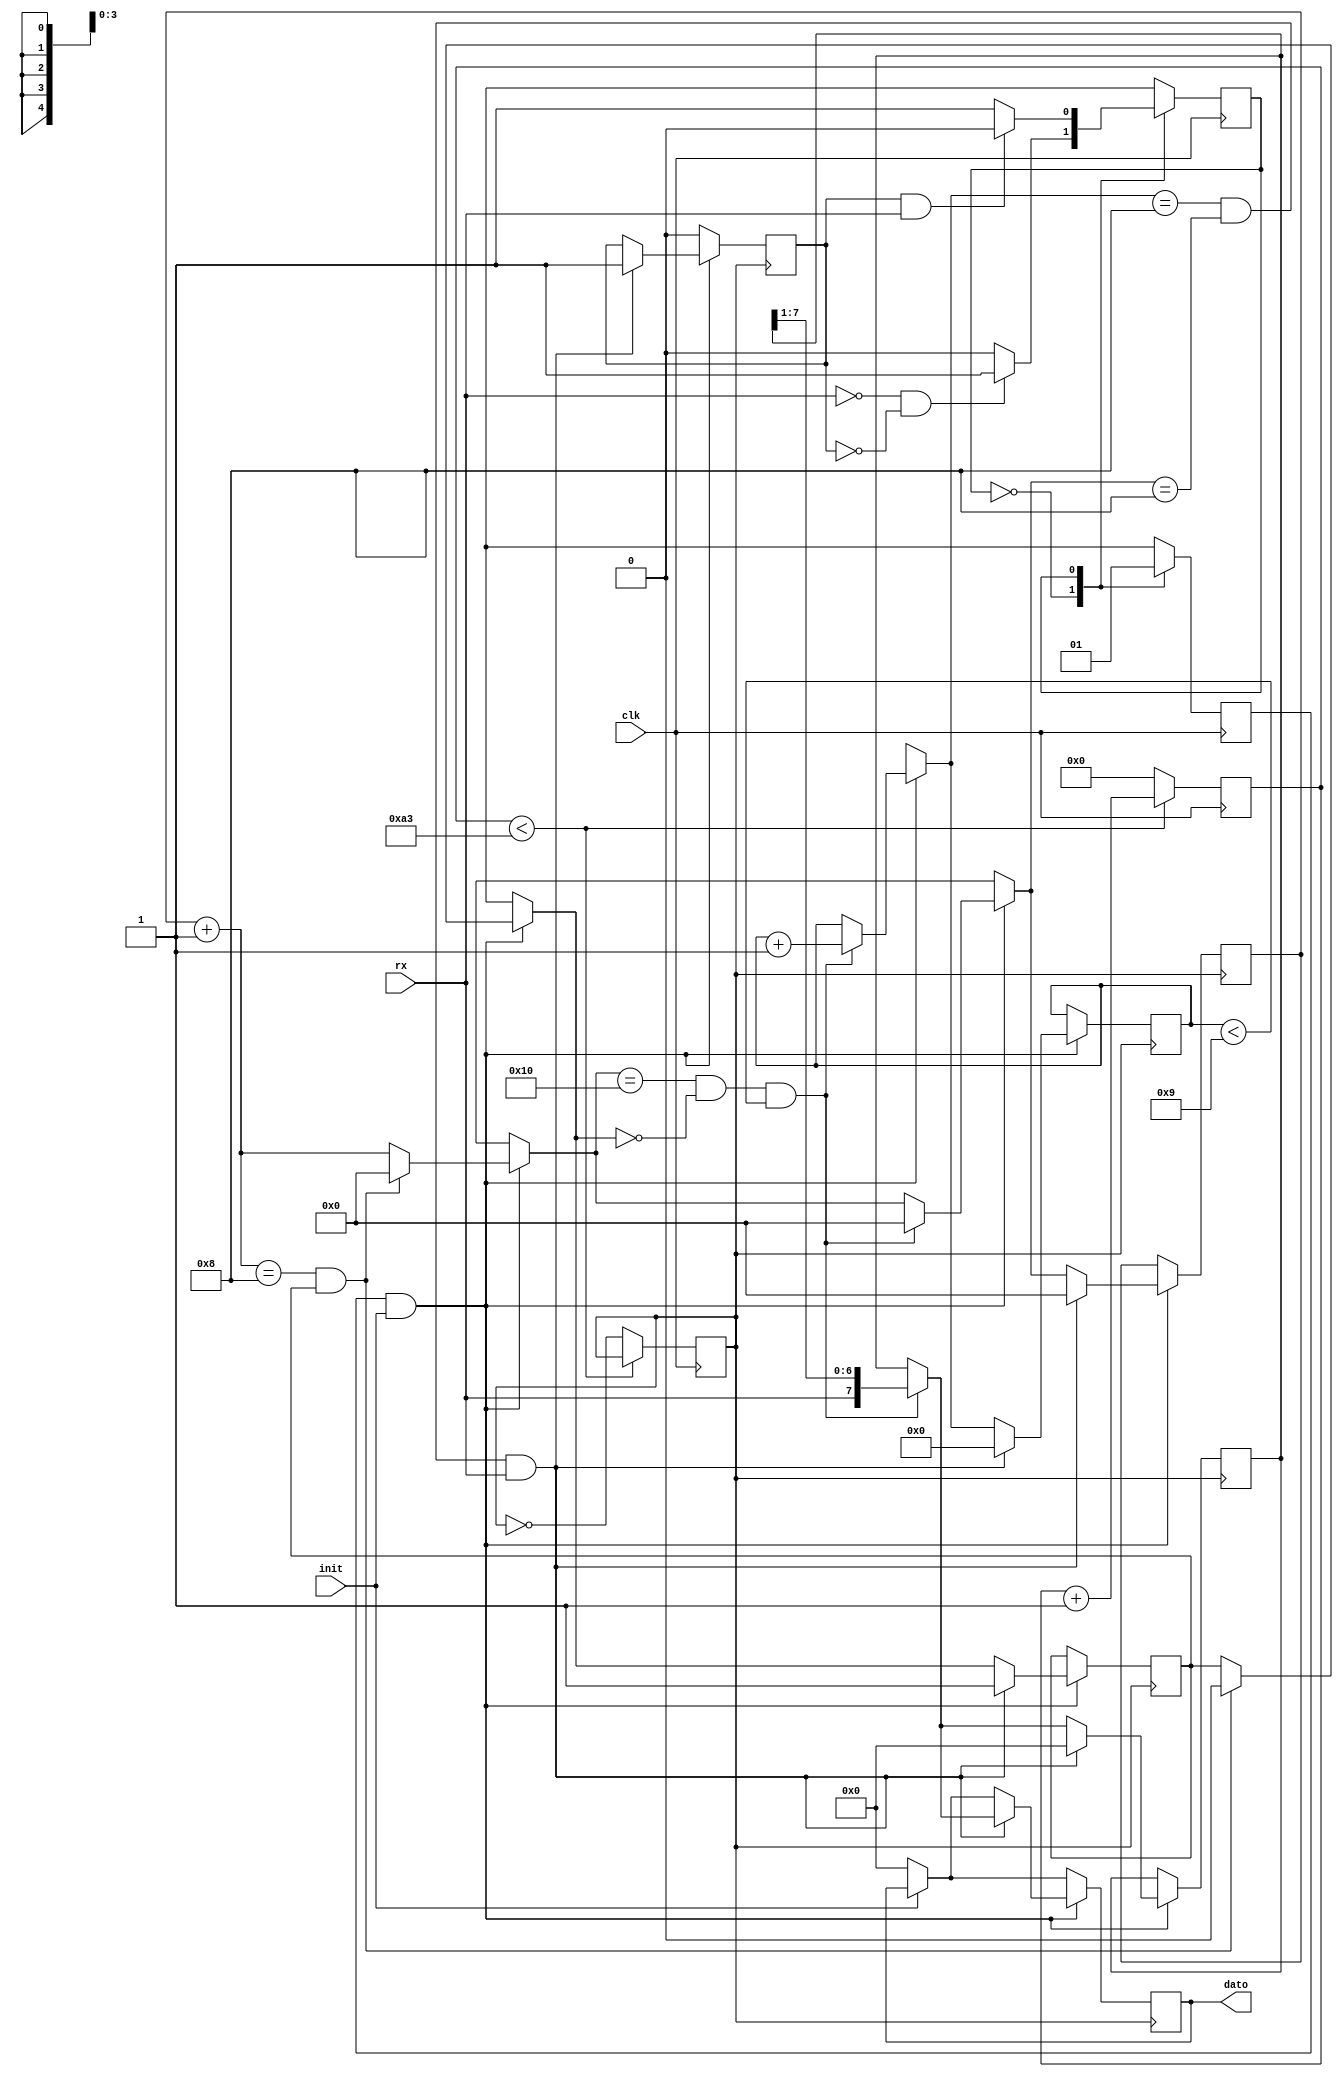
module Uart_rx(clk,rx,init,dato);

input clk;
input rx;
input init;
output reg [7:0] dato=8'b0;
 

 
parameter ESPERA=1'b0, RECIBIR=1'b1;
reg status;
reg iniciar;
reg [8:0] contador;
reg tick;
reg [4:0] ct;
reg bit_start; 
reg [3:0] numero_bits;
reg [7:0] dato_leido;
reg done;

initial begin
	status=ESPERA;
	done=1'b0;
	iniciar=1'b0;
	contador=9'b0;
	ct=5'b0;
	tick=1'b0;
	bit_start=1'b1;
	numero_bits=4'b0;
	dato_leido=8'b0;
	
end	

always@(posedge clk)begin

	case (status)
		ESPERA: begin
			iniciar=0;
			if((!rx && !done))begin
				status=RECIBIR;
			end
		end
		RECIBIR: begin
			iniciar=1;
			if(done && rx)begin
				status=ESPERA;
			end
		end
	
	endcase

end


always@(posedge clk)begin //divisor de frecuencia tick
	
	if(contador<163)begin
		contador=contador+1;
	end
	else begin
		contador=9'b0;
		tick=!tick;
	end
end

always@(posedge tick)begin
	if(!init)begin
		dato=0;
	end
	
	if(iniciar && init)begin
		ct=ct+1;
		if((ct==8) && bit_start)begin
			bit_start=1'b0;
			ct=0;
		end
		if((ct==16) && (!bit_start) && numero_bits<9)begin
			dato_leido= {rx,dato_leido[7:1]};
			numero_bits=numero_bits+1;
			ct=0;
		end
		if(numero_bits==8 && ct==8 && rx )begin
			bit_start=1'b1;
			ct=1'b0;
			done=1'b1;
			numero_bits=4'b0;
			dato=dato_leido;
			dato_leido=8'b0;
			
		end
	
	end
	else begin
		done=0;
	end
	


end




endmodule